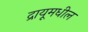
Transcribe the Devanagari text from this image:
द्रायूमधील